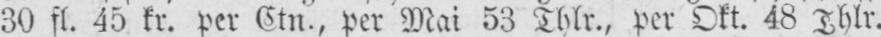
30 fl. 45 kr. per Ctn., per Mai 53 Thlr., per Okt. 48 Thlr.